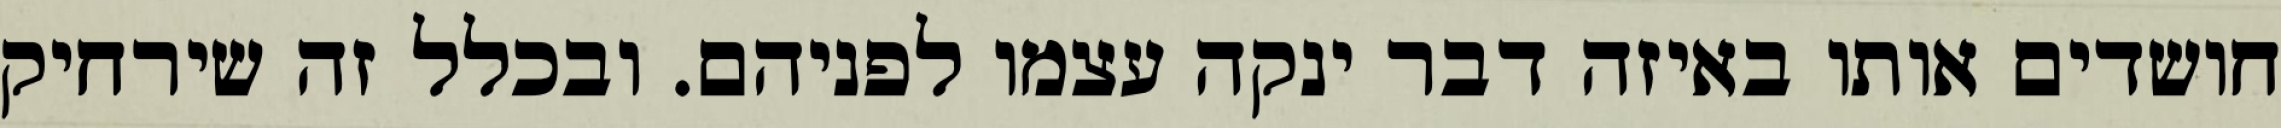
חושדים אותו באיזה דבר ינקה עצמו לפניהם. ובכלל זה שירחיק